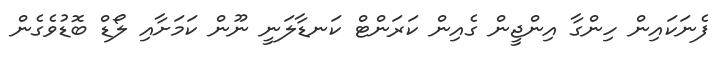
ފެނަކައިން ހިންގާ އިންޖީން ގެއިން ކަރަންޓް ކަނޑާލަނީ ނޫން ކަމަށާއި ލޯޑް ބޮޑުވެގެން